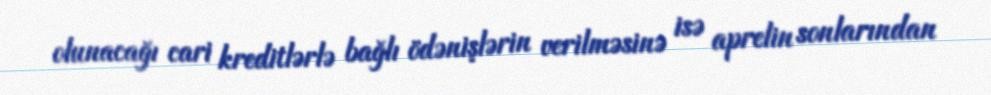
olunacağı cari kreditlərlə bağlı ödənişlərin verilməsinə isə aprelin sonlarından